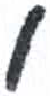
אות: י